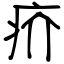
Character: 疥